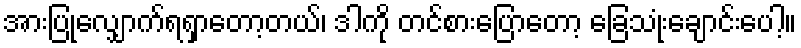
အားပြုလျှောက်ရရှာတော့တယ်၊ ဒါကို တင်စားပြောတော့ ခြေသုံးချောင်းပေါ့။